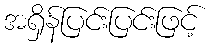
အရှိန်ပြင်းပြင်းဖြင့်